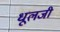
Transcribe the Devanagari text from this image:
धूलजी